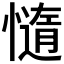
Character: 𭞻